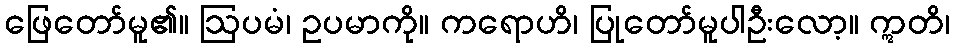
ဖြေတော်မူ၏။ ဩပမံ၊ ဥပမာကို။ ကရောဟိ၊ ပြုတော်မူပါဦးလော့။ ဣတိ၊